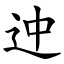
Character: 迚